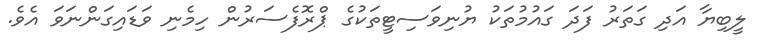
ލީބިޔާ އަދި ގަތަރު ފަދަ ގައުމުތަކު ޔުނިވަސިޓީތަކުގެ ޕްރޮފެސަރުން ހިމެނި ވަޑައިގަންނަވަ އެވެ.